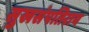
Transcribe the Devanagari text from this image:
सुखसंपतिराय